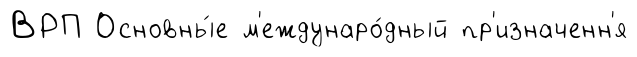
ВРП Основны́е м'еждунаро́дный пр'изначенн'я